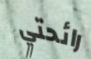
رائحتي